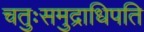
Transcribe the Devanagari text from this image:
चतुःसमुद्राधिपति